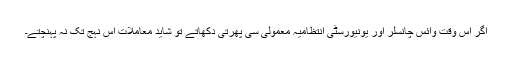
اگر اس وقت وائس چانسلر اور یونیورسٹی انتظامیہ معمولی سی پھرتی دکھاتے تو شاید معاملات اس نہج تک نہ پہنچتے۔